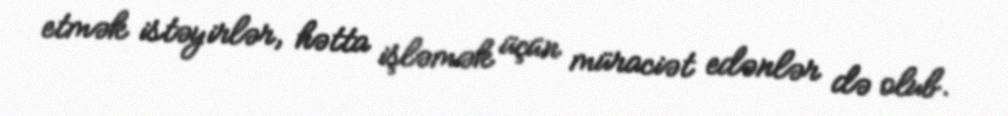
etmək istəyirlər, hətta işləmək üçün müraciət edənlər də olub.